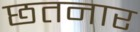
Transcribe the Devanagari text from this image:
छतनार